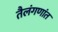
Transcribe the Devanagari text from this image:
तैलंगणांत